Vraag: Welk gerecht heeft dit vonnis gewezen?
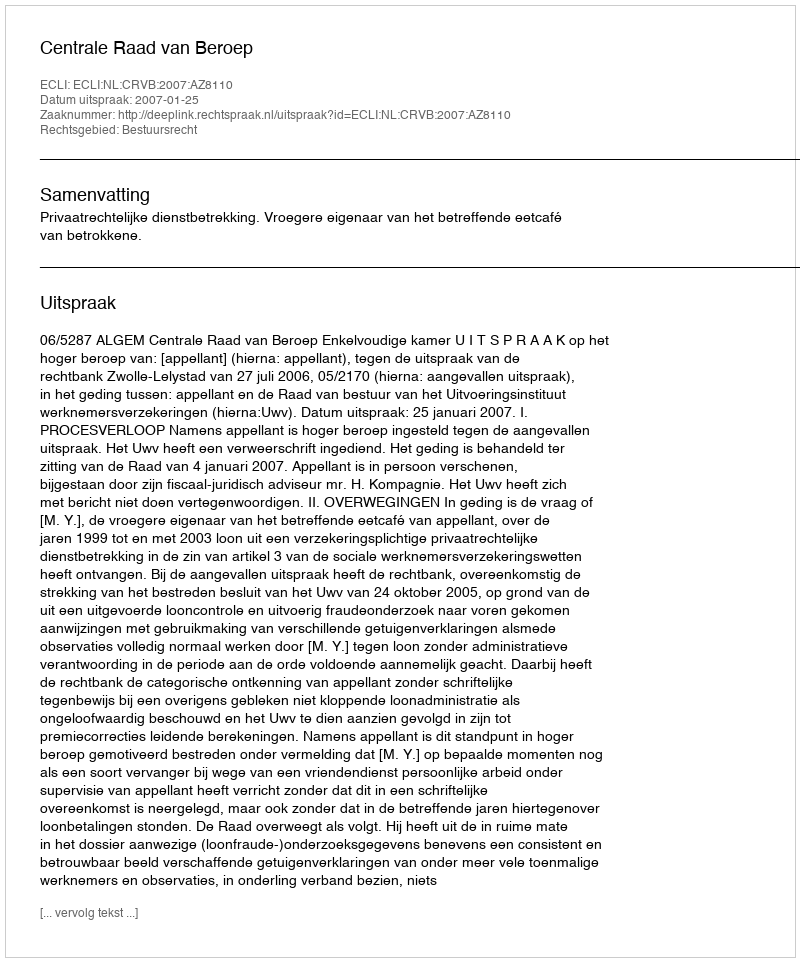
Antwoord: Centrale Raad van Beroep